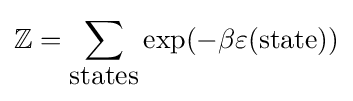
\mathbb {Z} =\sum _{\mbox{states}}\exp(-\beta \varepsilon ({\mbox{state}}))